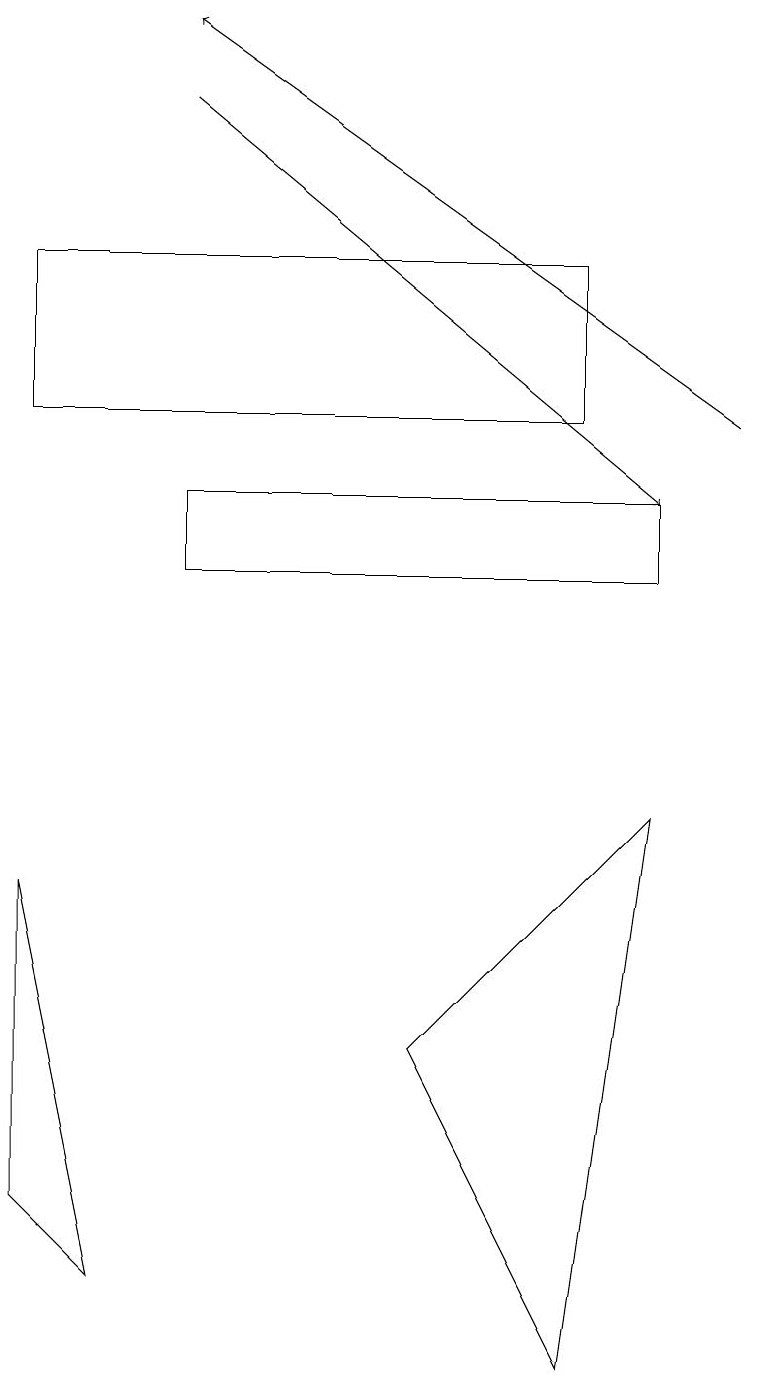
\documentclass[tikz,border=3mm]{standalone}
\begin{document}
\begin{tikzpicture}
\draw (8,11) rectangle (2,12);
\draw (1,2) -- (0,7) -- (0,3) -- cycle;
\draw (8,8) -- (5,5) -- (7,1) -- cycle;
\draw[->] (9,13) -- (2,18);
\draw (7,13) rectangle (0,15);
\draw[->] (2,17) -- (8,12);
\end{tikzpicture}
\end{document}